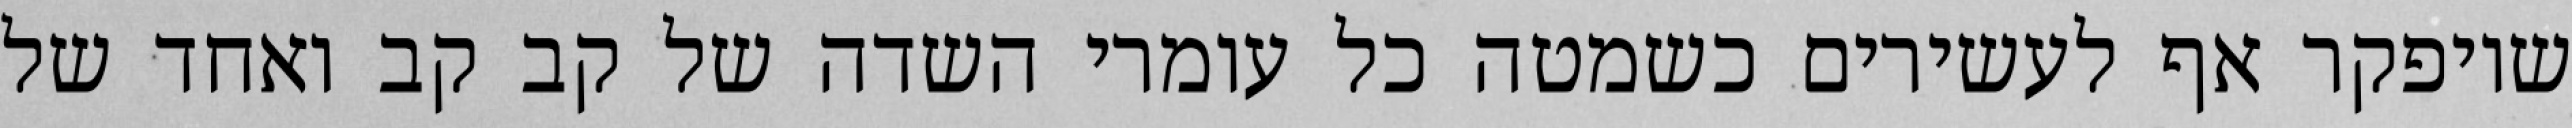
שיופקר אף לעשירים כשמטה כל עומרי השדה של קב קב ואחד של